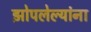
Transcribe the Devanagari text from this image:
झोपलेल्यांना